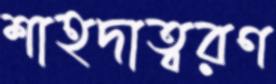
শাহদাত্বরণ